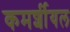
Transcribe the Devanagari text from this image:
कमर्शीयल